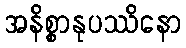
အနိစ္စာနုပဿိနော